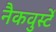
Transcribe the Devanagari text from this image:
नैकवुर्स्टे